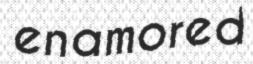
enamored